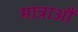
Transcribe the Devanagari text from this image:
मात्राऔं